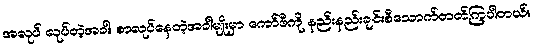
အလုပ် လုပ်တဲ့အခါ၊ စာလုပ်နေတဲ့အခါမျိုးမှာ ကော်ဖီကို နည်းနည်းချင်းစီသောက်တတ်ကြပါတယ်။